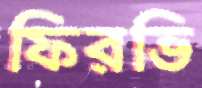
ফিরভি